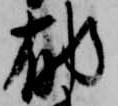
郁